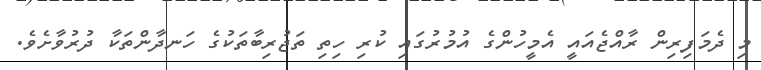
މި ދެމަފިރިން ރާއްޖެއައީ އެމީހުންގެ އުމުރުގައި ކުރި ހިތި ތަޖުރިބާތަކުގެ ހަނދާންތަކާ ދުރުވާށެވެ.